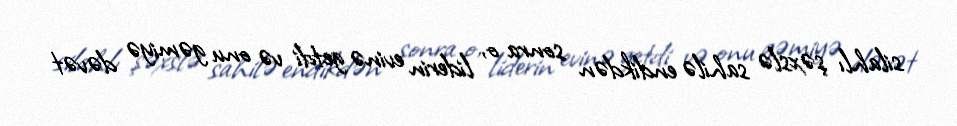
silahlı şəxslə sahilə endikdən sonra o, liderin evinə getdi və onu gəmiyə dəvət